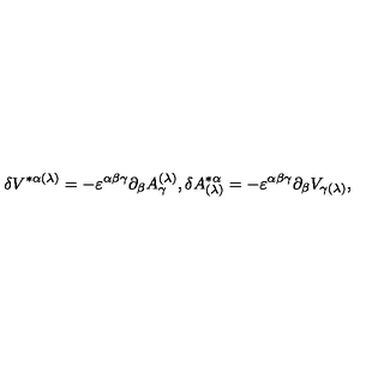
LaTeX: \delta V ^ { * \alpha ( \lambda ) } = - \varepsilon ^ { \alpha \beta \gamma } \partial _ { \beta } A _ { \gamma } ^ { ( \lambda ) } , \delta A _ { ( \lambda ) } ^ { * \alpha } = - \varepsilon ^ { \alpha \beta \gamma } \partial _ { \beta } V _ { \gamma ( \lambda ) } ,